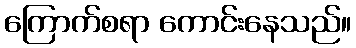
ကြောက်စရာ ကောင်းနေသည်။